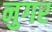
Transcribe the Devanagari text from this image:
नुगर